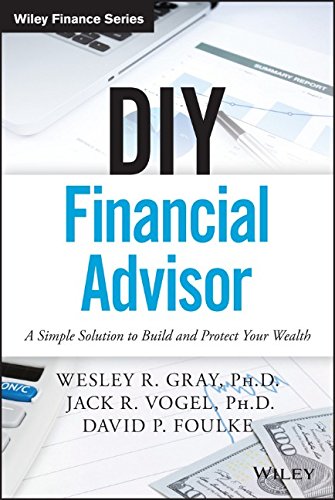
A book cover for DIY Financial Advisor: A Simple Solution to Build and Protect Your Wealth (Wiley Finance); Wesley R. Gray; Business & Money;